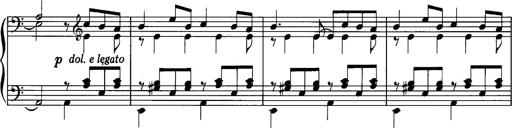
Title: La romanesca
Composer: Franz Liszt